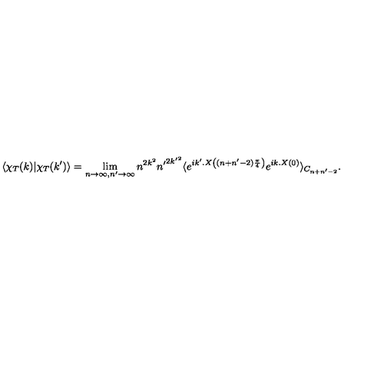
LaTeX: \langle \chi _ { T } ( k ) | \chi _ { T } ( k ^ { \prime } ) \rangle = \lim _ { n \to \infty , n ^ { \prime } \to \infty } n ^ { 2 k ^ { 2 } } { n ^ { \prime } } ^ { 2 { k ^ { \prime } } ^ { 2 } } \langle e ^ { i k ^ { \prime } . X \left( ( n + n ^ { \prime } - 2 ) \frac { \pi } { 4 } \right) } e ^ { i k . X ( 0 ) } \rangle _ { C _ { n + n ^ { \prime } - 2 } } .